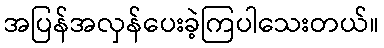
အပြန်အလှန်ပေးခဲ့ကြပါသေးတယ်။